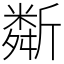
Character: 斴